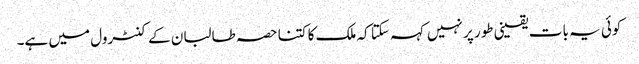
کوئی یہ بات یقینی طور پر نہیں کہہ سکتا کہ ملک کا کتنا حصہ طالبان کے کنٹرول میں ہے۔